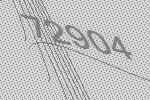
72904